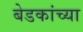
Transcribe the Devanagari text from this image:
बेडकांच्या